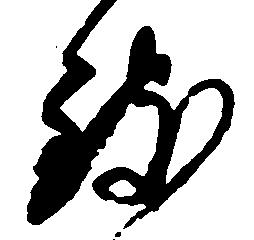
致